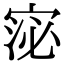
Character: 𭓻